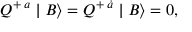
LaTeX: Q ^ { + \; a } \mid B \rangle = Q ^ { + \; \dot { a } } \mid B \rangle = 0 ,